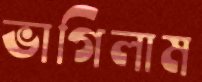
ভাগিলাম